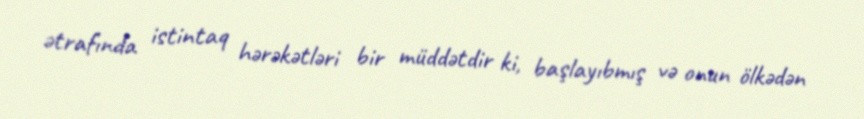
ətrafında istintaq hərəkətləri bir müddətdir ki, başlayıbmış və onun ölkədən